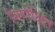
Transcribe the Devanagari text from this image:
निरोक्षित